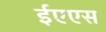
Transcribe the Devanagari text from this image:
ईएएस